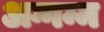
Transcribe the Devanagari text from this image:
अग्गम्म